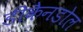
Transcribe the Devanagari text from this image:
डीकैनडोल